Problem: 9 × 6 = ?
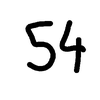
Handwritten answer: 54